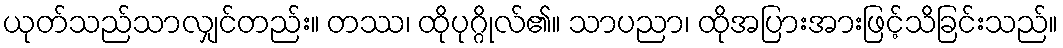
ယုတ်သည်သာလျှင်တည်း။ တဿ၊ ထိုပုဂ္ဂိုလ်၏။ သာပညာ၊ ထိုအပြားအားဖြင့်သိခြင်းသည်။